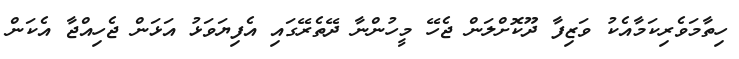
ހިތާމަވެރިކަމާއެކު ވަޒިފާ ދޫކޮށްލަން ޖެހޭ މީހުންނާ ދޭތެރޭގައި އެފިޔަވަޅު އަޅަން ޖެހިއްޖާ އެކަން